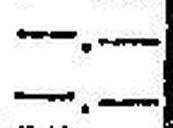
—.—